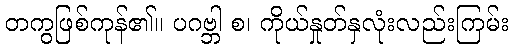
တကွဖြစ်ကုန်၏။ ပဂဗ္ဘါ စ၊ ကိုယ်နှုတ်နှလုံးလည်းကြမ်း